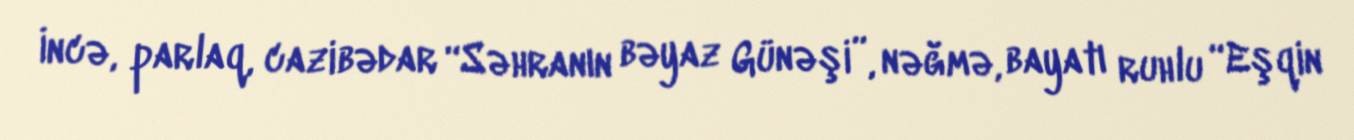
İncə, parlaq, cazibədar “Səhranın bəyaz Günəşi”, nəğmə, bayatı ruhlu “Eşqin